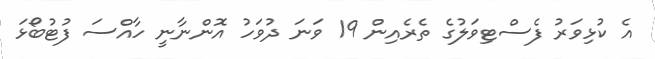
އެ ކުޅިވަރު ފެސްޓިވަލުގެ ތެރެއިން 19 ވަނަ ދުވަހު އޮންނާނީ ހާއްސަ ފުޓުބޯޅަ